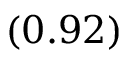
\left( 0 . 9 2 \right)